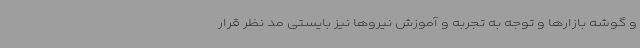
و گوشه بازارها و توجه به تجربه و آموزش نیروها نیز بایستی مد نظر قرار